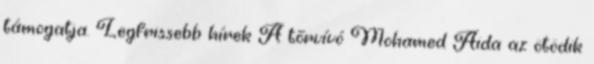
támogatja. Legfrissebb hírek A tőrvívó Mohamed Aida az ötödik